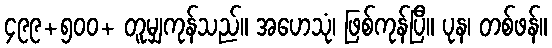
၄၉၉+၅၀၀+ တူမျှကုန်သည်။ အဟေသုံ၊ ဖြစ်ကုန်ပြီ။ ပုန၊ တစ်ဖန်။